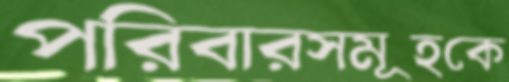
পরিবারসমূহকে